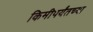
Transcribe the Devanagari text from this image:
किमीपर्यंतच्या